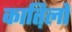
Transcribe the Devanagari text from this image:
कात़िलों